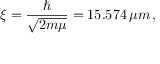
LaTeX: \xi = { \frac { \hbar } { \sqrt { 2 m \mu } } } = 1 5 . 5 7 4 \, \mu m \, ,